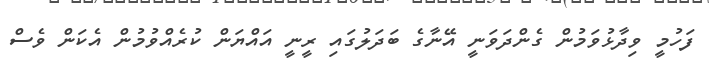
ފަހުމީ ވިދާޅުވަމުން ގެންދަވަނީ އޭނާގެ ބަދަލުގައި ރީނީ އައްޔަން ކުރެއްވުމުން އެކަން ވެސް